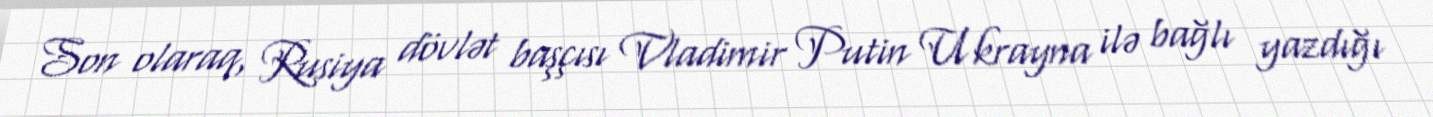
Son olaraq, Rusiya dövlət başçısı Vladimir Putin Ukrayna ilə bağlı yazdığı